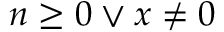
n \geq 0 \vee x \neq 0